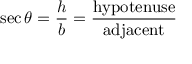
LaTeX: \sec \theta = { \frac { h } { b } } = { \frac { \mathrm { h y p o t e n u s e } } { \mathrm { a d j a c e n t } } }